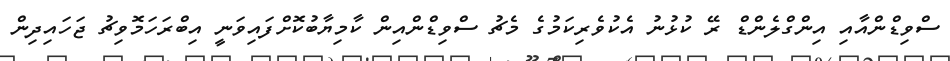
ސްވިޑްންއާއި އިންގްލެންޑް ރޭ ކުޅުނު އެކުވެރިކަމުގެ މެޗު ސްވިޑްންއިން ކާމިޔާބުކޮށްފައިވަނީ އިބްރަހަމޮވިޗު ޖަހައިދިން